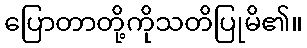
ပြောတာတို့ကိုသတိပြုမိ၏။